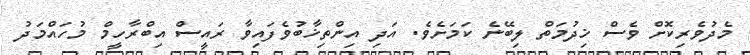
މެދުވެރިކޮށް ވެސް ޚިދުމަތް ލިބޭނެ ކަމަށެވެ. އަދި އިންތިޚާބުވެފައިވާ ރައީސް އިބްރާހީމް މުހައްމަދު